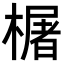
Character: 𬄫